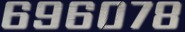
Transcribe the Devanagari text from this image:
६९६०७८